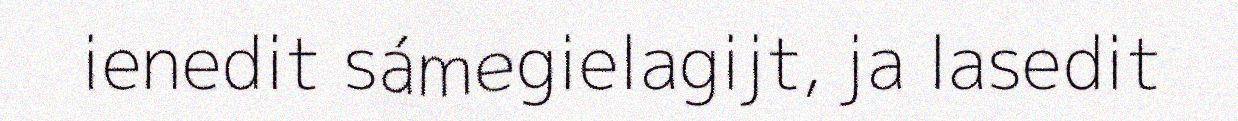
ienedit sámegielagijt, ja lasedit